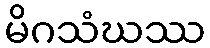
မိဂသံဃဿ